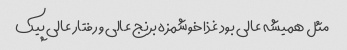
مثل همیشه عالی بود غذا خوشمزه برنج عالی و رفتار عالی پیک